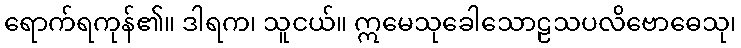
ရောက်ရကုန်၏။ ဒါရက၊ သူငယ်။ ဣမေသုခေါသောဠသပလိဗောဓေသု၊